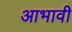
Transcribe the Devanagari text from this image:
आभावी